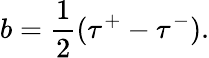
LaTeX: b=\frac 12(\tau^{+}-\tau^{-}).